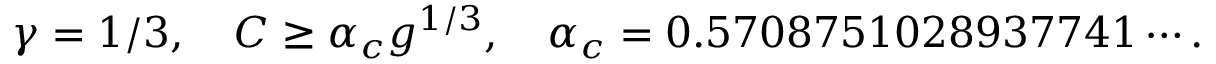
\gamma = 1 / 3 , \quad C \geq \alpha _ { c } g ^ { 1 / 3 } , \quad \alpha _ { c } = 0 . 5 7 0 8 7 5 1 0 2 8 9 3 7 7 4 1 \cdots .